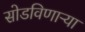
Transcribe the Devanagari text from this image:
सोडविणाऱ्या